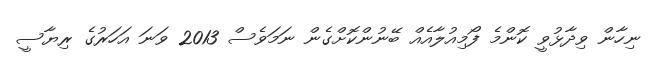
ނިހާން ވިދާޅުވީ ކޮންމެ ފޯމިއުލާއެއް ބޭނުންކޮށްގެން ނަމަވެސް 2013 ވަނަ އަހަރުގެ ރިޔާސީ